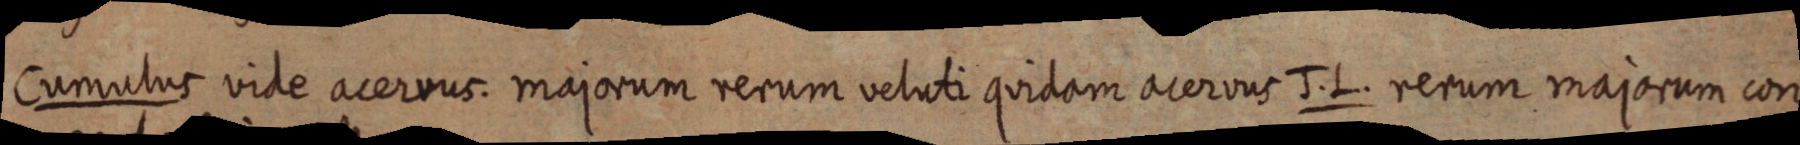
Cumulus vide acervus. majorum rerum veluti quidam acervus J. L. rerum majorum con